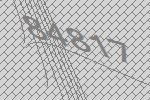
84817